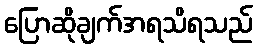
ပြောဆိုချက်အရသိရသည်